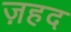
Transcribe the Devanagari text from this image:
ज़हद